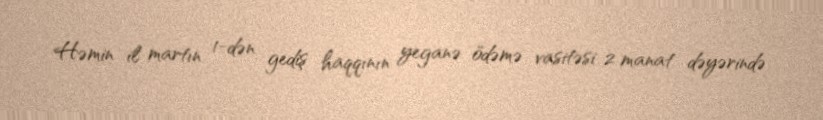
Həmin il martın 1-dən gediş haqqının yeganə ödəmə vasitəsi 2 manat dəyərində